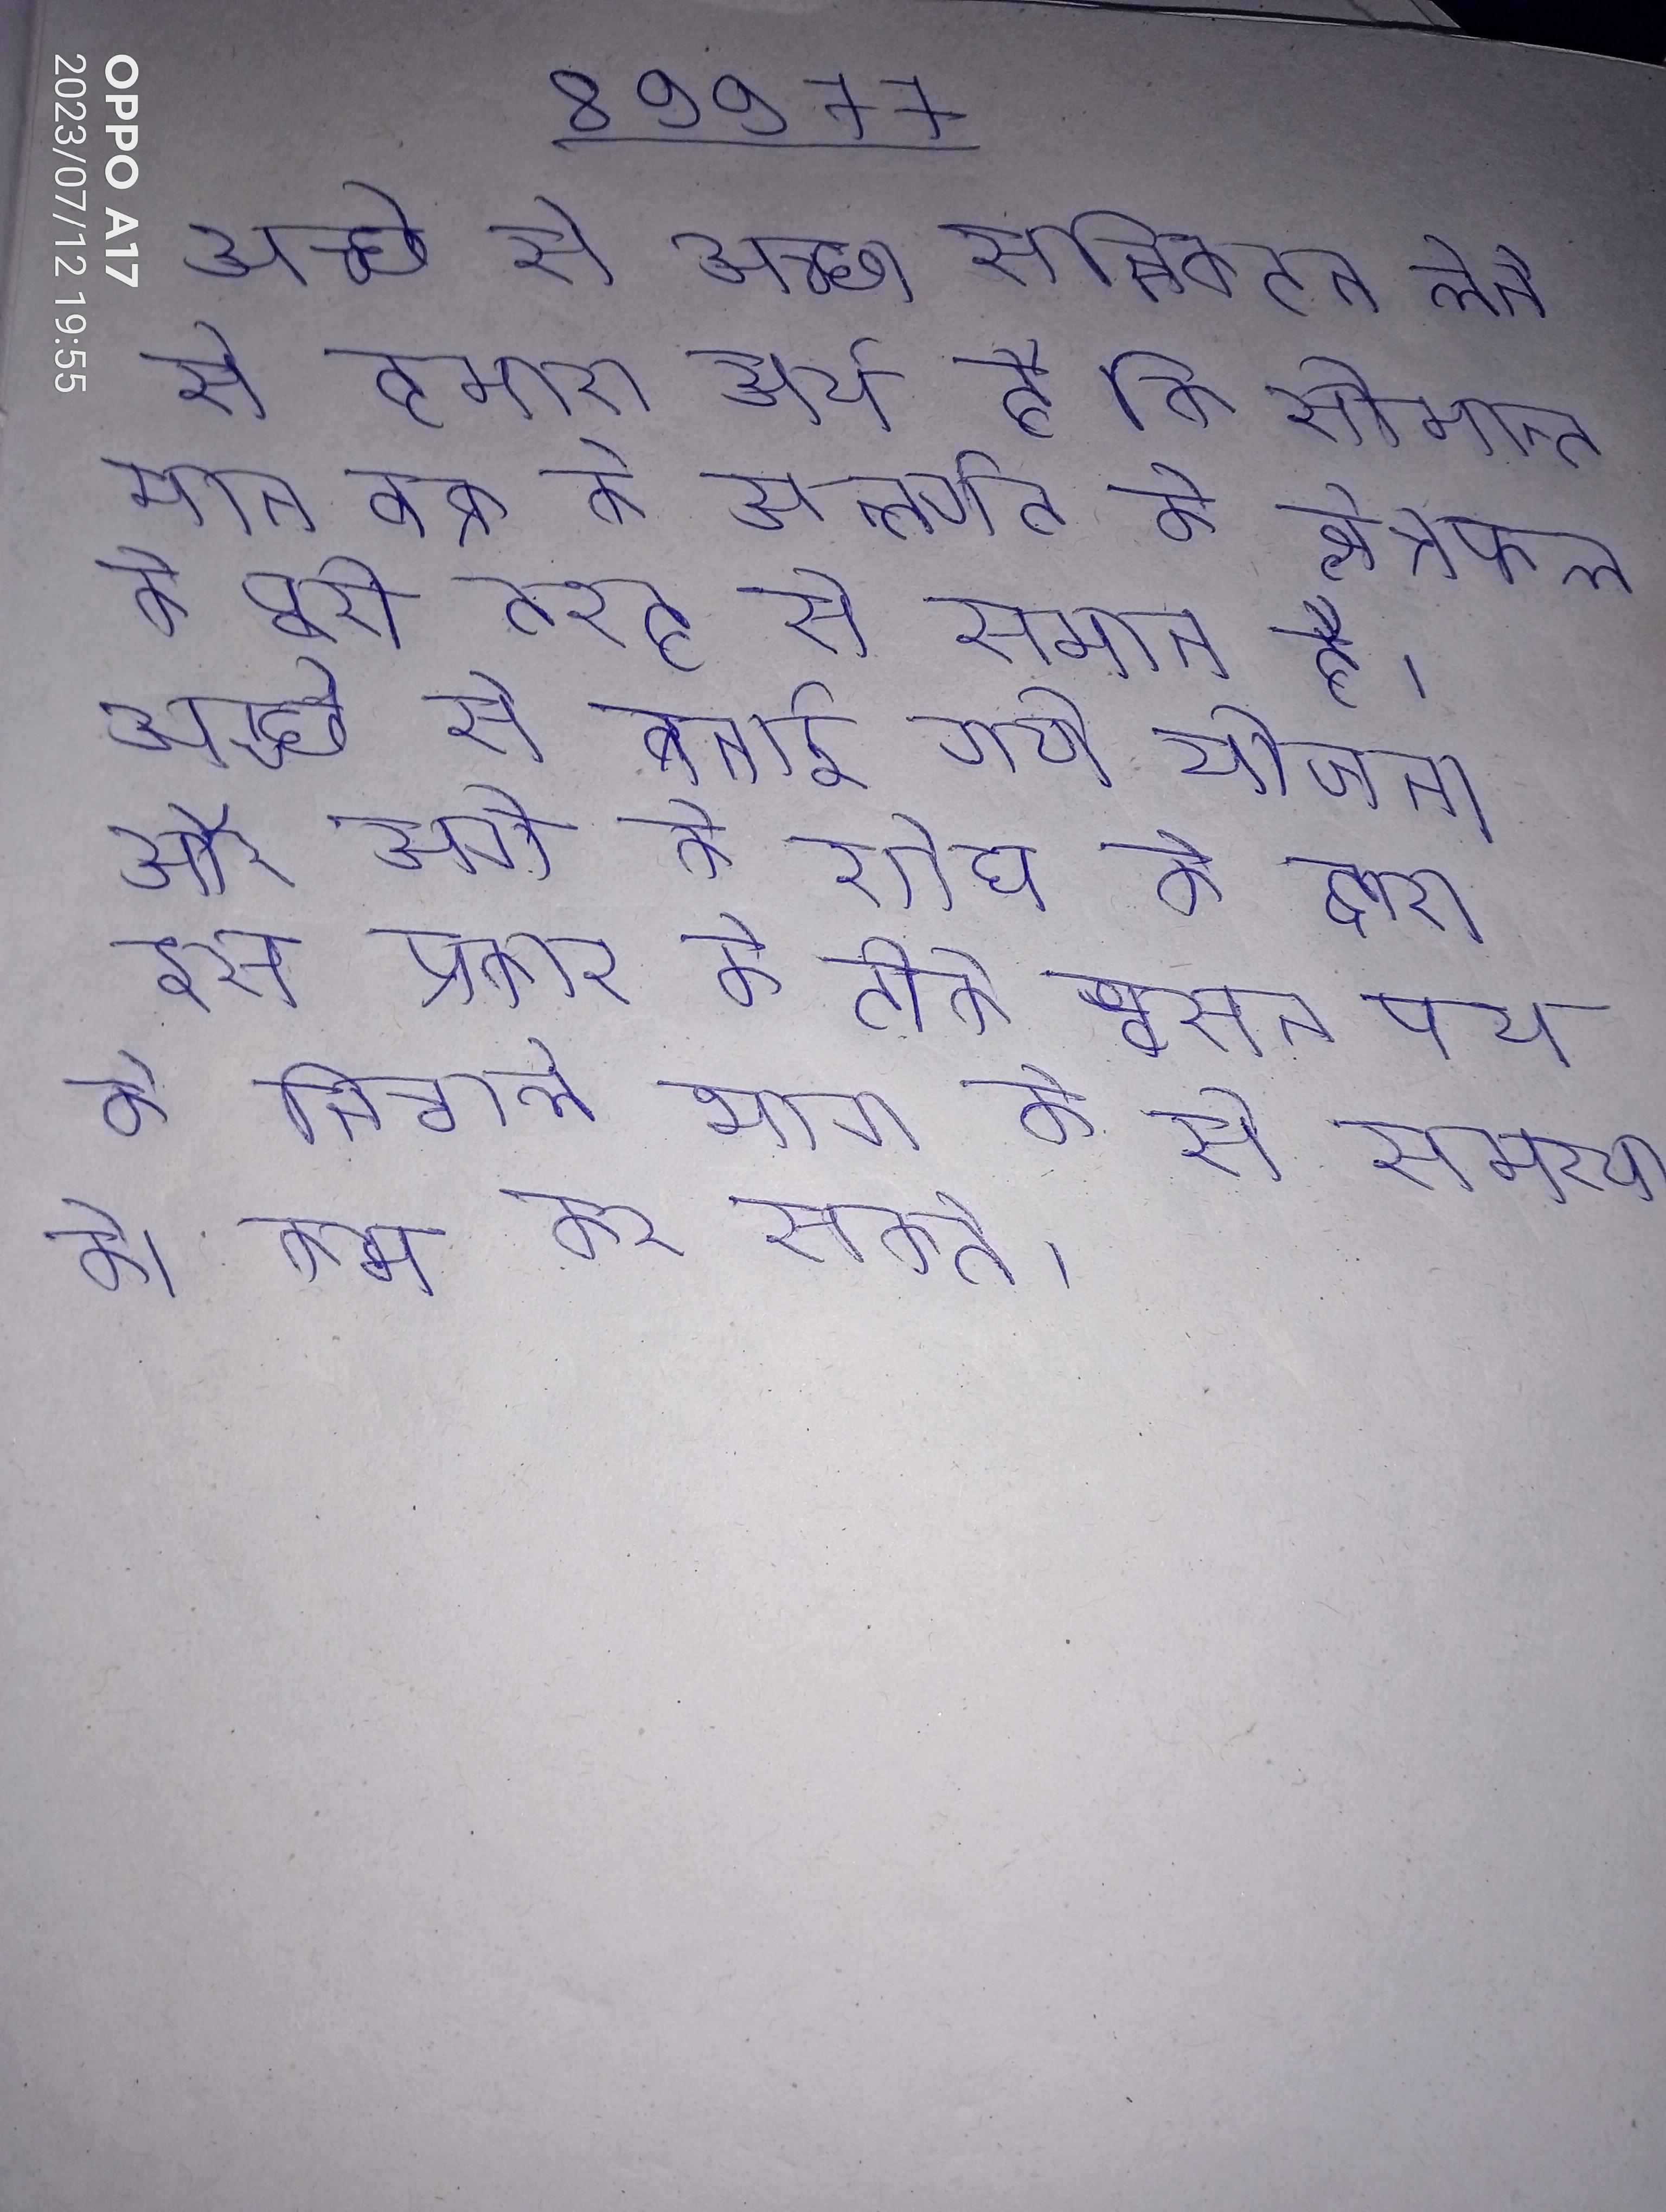
अच्छे से अच्छा सन्निकटन लेने से हमारा अर्थ है कि सीमान्त मान वक्र के अन्तर्गत के क्षेत्रफल के पूरी तरह से समान है । अच्छे से बनाई गयी योजना और आगे के शोध के द्वारा इस प्रकार के टीके श्वसन पथ के निचले भाग के से समस्या को कम कर सकते ।